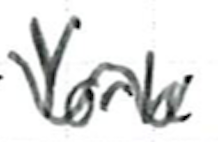
Text: York
Cross-out: wave
Writing tool: ballpoint